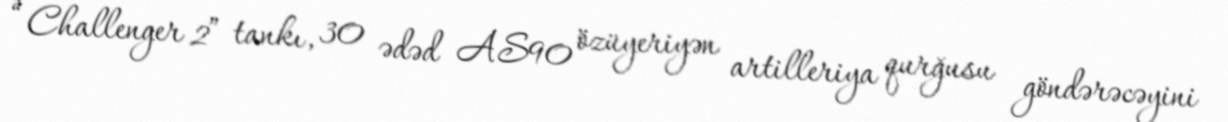
“Challenger 2” tankı, 30 ədəd AS90 özüyeriyən artilleriya qurğusu göndərəcəyini